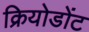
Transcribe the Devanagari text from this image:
क्रियोडोंट